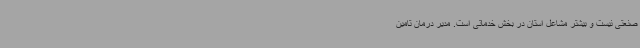
صنعتی نیست و بیشتر مشاعل استان در بخش خدماتی است. مدیر درمان تامین